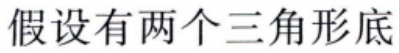
假设有两个三角形底